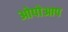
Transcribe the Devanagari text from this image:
ओपोआप